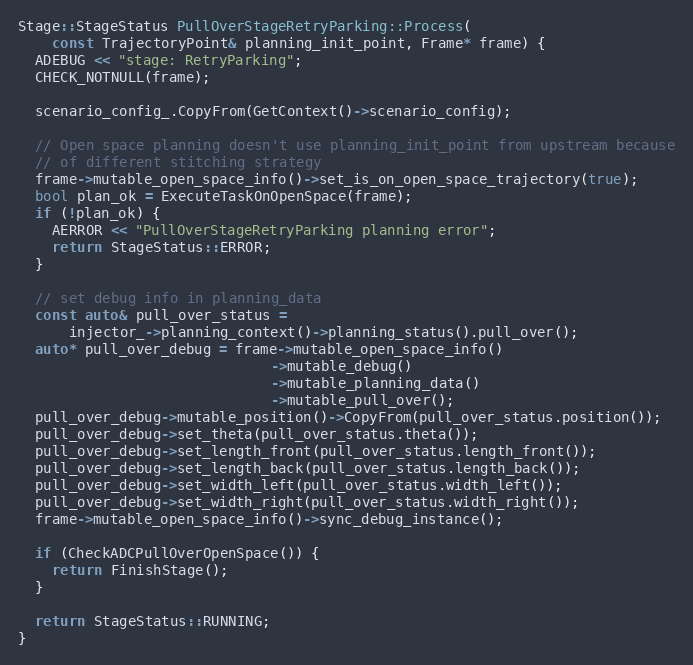
Language: C++
Stage::StageStatus PullOverStageRetryParking::Process(
    const TrajectoryPoint& planning_init_point, Frame* frame) {
  ADEBUG << "stage: RetryParking";
  CHECK_NOTNULL(frame);

  scenario_config_.CopyFrom(GetContext()->scenario_config);

  // Open space planning doesn't use planning_init_point from upstream because
  // of different stitching strategy
  frame->mutable_open_space_info()->set_is_on_open_space_trajectory(true);
  bool plan_ok = ExecuteTaskOnOpenSpace(frame);
  if (!plan_ok) {
    AERROR << "PullOverStageRetryParking planning error";
    return StageStatus::ERROR;
  }

  // set debug info in planning_data
  const auto& pull_over_status =
      injector_->planning_context()->planning_status().pull_over();
  auto* pull_over_debug = frame->mutable_open_space_info()
                              ->mutable_debug()
                              ->mutable_planning_data()
                              ->mutable_pull_over();
  pull_over_debug->mutable_position()->CopyFrom(pull_over_status.position());
  pull_over_debug->set_theta(pull_over_status.theta());
  pull_over_debug->set_length_front(pull_over_status.length_front());
  pull_over_debug->set_length_back(pull_over_status.length_back());
  pull_over_debug->set_width_left(pull_over_status.width_left());
  pull_over_debug->set_width_right(pull_over_status.width_right());
  frame->mutable_open_space_info()->sync_debug_instance();

  if (CheckADCPullOverOpenSpace()) {
    return FinishStage();
  }

  return StageStatus::RUNNING;
}